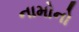
નામોનો